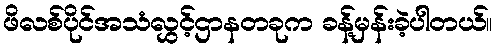
ဖိလစ်ပိုင်အသံလွှင့်ဌာနတခုက ခန့်မှန်းခဲ့ပါတယ်။